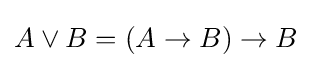
A\lor B=(A\to B)\to B